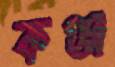
কঞ্জ